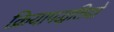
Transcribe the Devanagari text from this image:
क्रियापद्धतियों